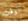
الوقت